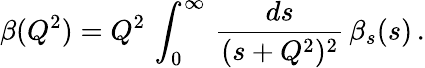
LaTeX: \beta(Q^{2})=Q^{2}\, \int_{0}^{\infty}\, \frac{ds}{(s+Q^{2})^{2}}\, \beta_{s}(s)\, .